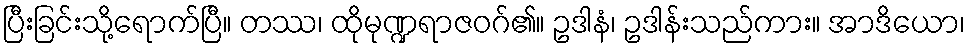
ပြီးခြင်းသို့ရောက်ပြီ။ တဿ၊ ထိုမုဏ္ဍရာဇဝဂ်၏။ ဥဒါနံ၊ ဥဒါန်းသည်ကား။ အာဒိယော၊